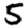
Digit: 5